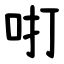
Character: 咑